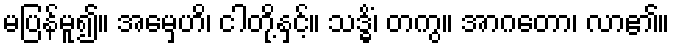
မပြန်မူ၍။ အမှေဟိ၊ ငါတို့နှင့်။ သဒ္ဓိံ၊ တကွ။ အာဂတော၊ လာ၏။